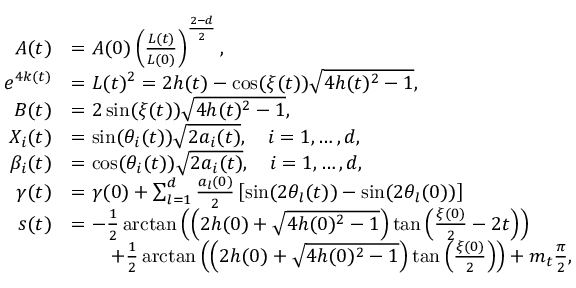
\begin{array} { r l } { A ( t ) } & { = A ( 0 ) \left( \frac { L ( t ) } { L ( 0 ) } \right) ^ { \frac { 2 - d } { 2 } } , } \\ { e ^ { 4 k ( t ) } } & { = L ( t ) ^ { 2 } = 2 h ( t ) - \cos ( \xi ( t ) ) \sqrt { 4 h ( t ) ^ { 2 } - 1 } , } \\ { B ( t ) } & { = 2 \sin ( \xi ( t ) ) \sqrt { 4 h ( t ) ^ { 2 } - 1 } , } \\ { X _ { i } ( t ) } & { = \sin ( \theta _ { i } ( t ) ) \sqrt { 2 a _ { i } ( t ) } , \quad i = 1 , \dots , d , } \\ { \beta _ { i } ( t ) } & { = \cos ( \theta _ { i } ( t ) ) \sqrt { 2 a _ { i } ( t ) } , \quad i = 1 , \dots , d , } \\ { \gamma ( t ) } & { = \gamma ( 0 ) + \sum _ { l = 1 } ^ { d } \frac { a _ { l } ( 0 ) } { 2 } \left[ \sin ( 2 \theta _ { l } ( t ) ) - \sin ( 2 \theta _ { l } ( 0 ) ) \right] } \\ { s ( t ) } & { = - \frac { 1 } { 2 } \arctan \left( \left( 2 h ( 0 ) + \sqrt { 4 h ( 0 ) ^ { 2 } - 1 } \right) \tan \left( \frac { \xi ( 0 ) } { 2 } - 2 t \right) \right) } \\ & { \qquad + \frac { 1 } { 2 } \arctan \left( \left( 2 h ( 0 ) + \sqrt { 4 h ( 0 ) ^ { 2 } - 1 } \right) \tan \left( \frac { \xi ( 0 ) } { 2 } \right) \right) + m _ { t } \frac { \pi } { 2 } , } \end{array}